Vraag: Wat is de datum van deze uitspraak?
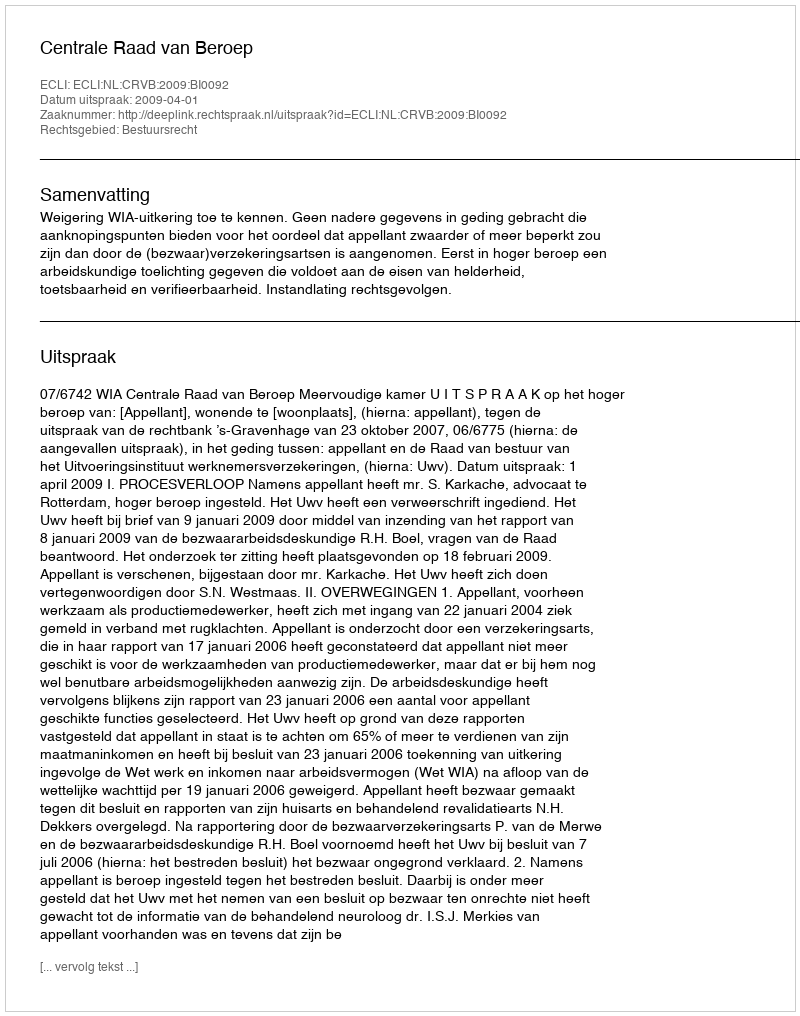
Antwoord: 2009-04-01